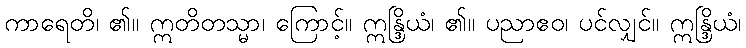
ကာရေတိ၊ ၏။ ဣတိတသ္မာ၊ ကြောင့်။ ဣန္ဒြိယံ၊ ၏။ ပညာဧဝ၊ ပင်လျှင်။ ဣန္ဒြိယံ၊